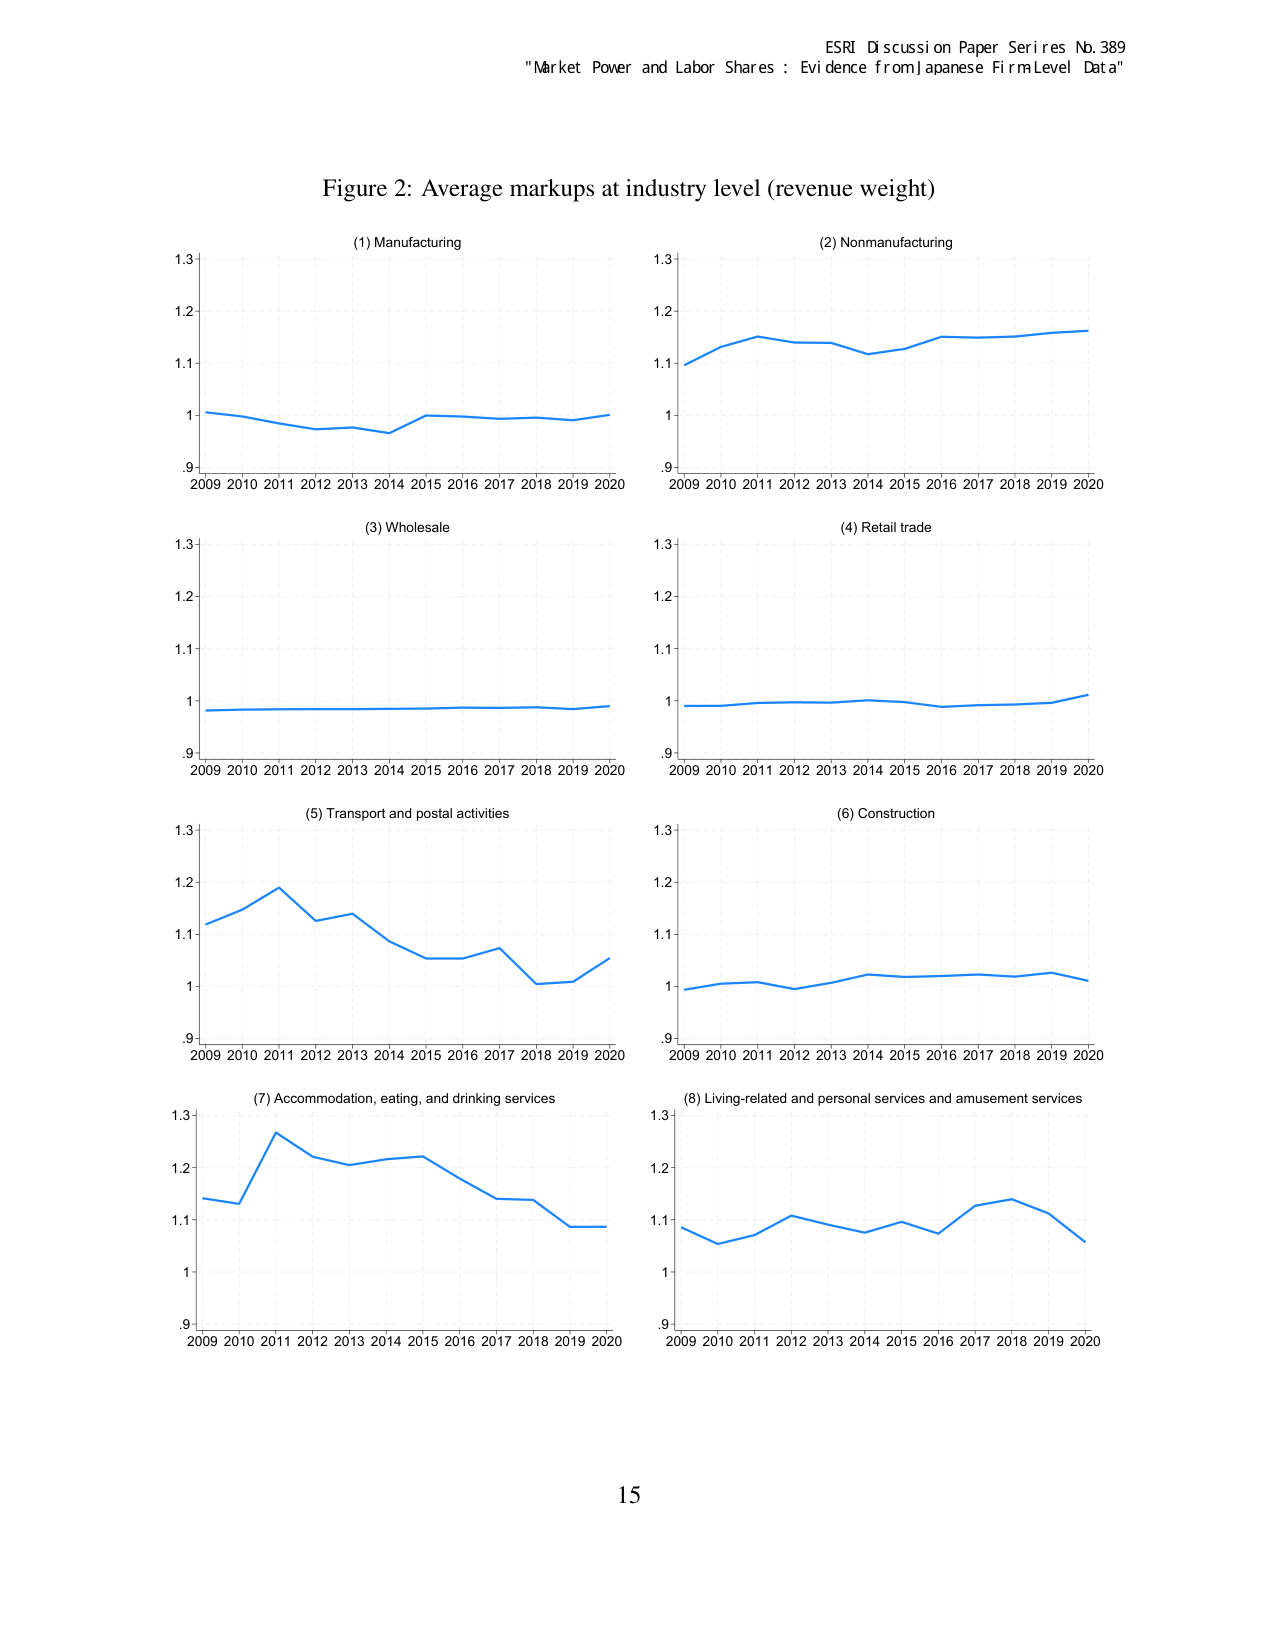
ESRI Discussion Paper Series No. 389
"Market Power and Labor Shares : Evidence from Japanese Firm Level Data"

Figure 2: Average markups at industry level (revenue weight)

(1) Manufacturing
(2) Nonmanufacturing
(3) Wholesale
(4) Retail trade
(5) Transport and postal activities
(6) Construction
(7) Accommodation, eating, and drinking services
(8) Living-related and personal services and amusement services

2009 2010 2011 2012 2013 2014 2015 2016 2017 2018 2019 2020
2009 2010 2011 2012 2013 2014 2015 2016 2017 2018 2019 2020
2009 2010 2011 2012 2013 2014 2015 2016 2017 2018 2019 2020
2009 2010 2011 2012 2013 2014 2015 2016 2017 2018 2019 2020
2009 2010 2011 2012 2013 2014 2015 2016 2017 2018 2019 2020
2009 2010 2011 2012 2013 2014 2015 2016 2017 2018 2019 2020
2009 2010 2011 2012 2013 2014 2015 2016 2017 2018 2019 2020
2009 2010 2011 2012 2013 2014 2015 2016 2017 2018 2019 2020

1.3
1.2
1.1
1.0
.9

15